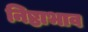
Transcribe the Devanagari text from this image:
निष्ठाभाव